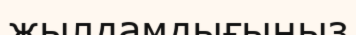
жылдамдығыңыз